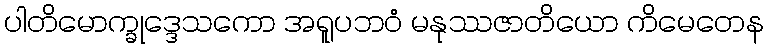
ပါတိမောက္ခုဒ္ဒေသကော အရူပဘဝံ မနုဿဇာတိယော ကိမေတေန